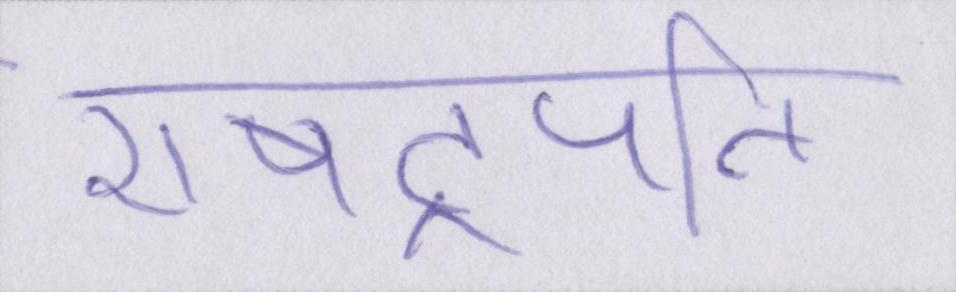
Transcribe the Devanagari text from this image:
राषट्रपति